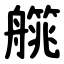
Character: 艞